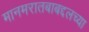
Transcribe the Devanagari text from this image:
मानमरातबाबद्दलच्या